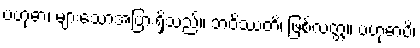
ဗဟုဓာ၊ များသောအပြားရှိသည်။ ဘဝိဿတိ၊ ဖြစ်လတ္တံ့။ ဗဟုဓာပိ၊